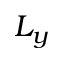
L _ { y }